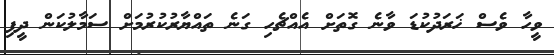
ވީހާ ވެސް ޚަރަދުކުޑަ ވާނެ ގޮތަށް އެއްޗެހި ގަނެ ތައްޔާރުކުރުމަށް ސަމާލުކަން ދީފި